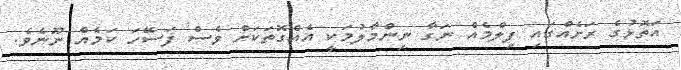
އަތޮޅުގެ ރަށެއްގައި ފިލްމެއް ނަގާ ނިންމާލުމަކީ އެއްގޮތަކަށް ވެސް ފަސޭހަ ކަމެއް ނޫނެވެ.